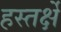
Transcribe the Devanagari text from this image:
हस्तर्क्षे